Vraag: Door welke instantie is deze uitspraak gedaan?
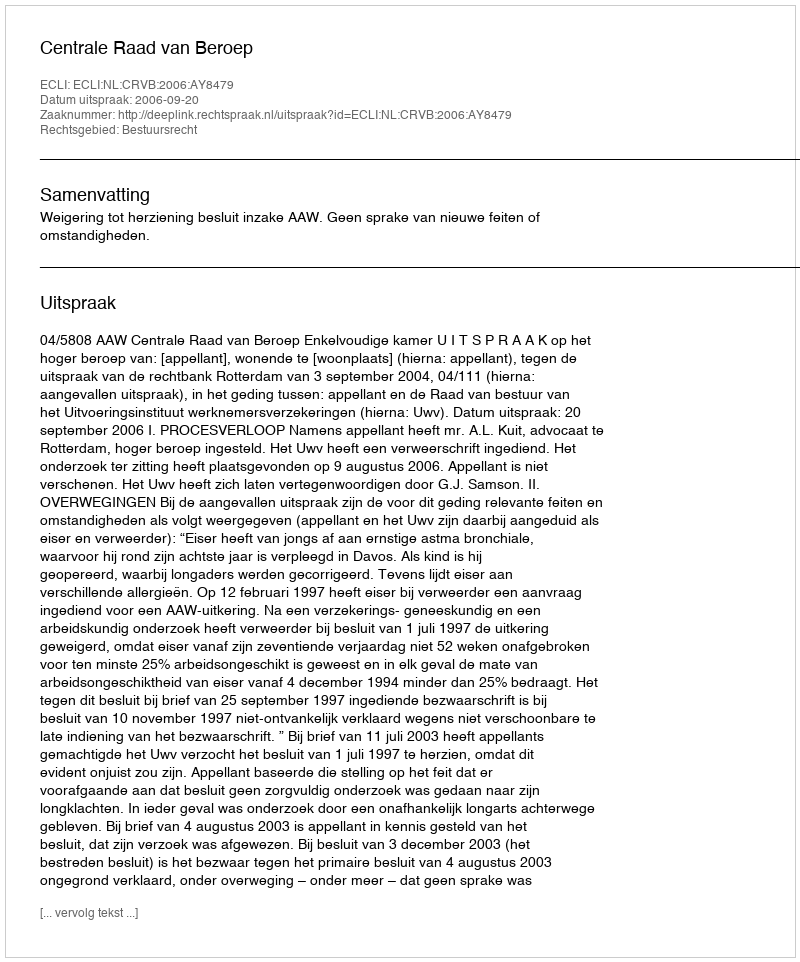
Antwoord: Centrale Raad van Beroep